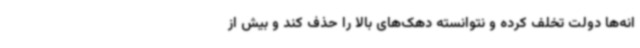
انه‌ها دولت تخلف کرده و نتوانسته دهک‌های بالا را حذف کند و بیش از